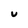
Character: v